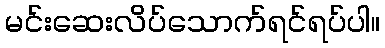
မင်းဆေးလိပ်သောက်ရင်ရပ်ပါ။